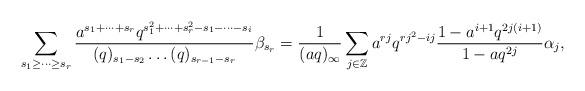
LaTeX: \begin{align*}\sum_{s_1\geq\dots\geq s_{r}}\frac{a^{s_1+\dots+s_r}q^{s_1^2+\dots+s_{r}^2-s_1-\dots-s_{i}}}{(q)_{s_1-s_2}\dots(q)_{s_{r-1}-s_r}}\beta_{s_r}=\frac{1}{(aq)_\infty}\sum_{j\in\mathbb{Z}}a^{rj}q^{rj^2-ij}\frac{1-a^{i+1}q^{2j(i+1)}}{1-aq^{2j}}\alpha_j,\end{align*}